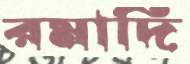
রমাদি